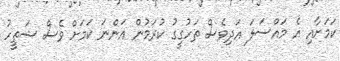
ކަމަށާއި އެ މައްސަލަ އަދިވެސް ތަހުގީގު ކުރަމުން އަންނަ ކަމަށް ވެސް ޝަތީހު